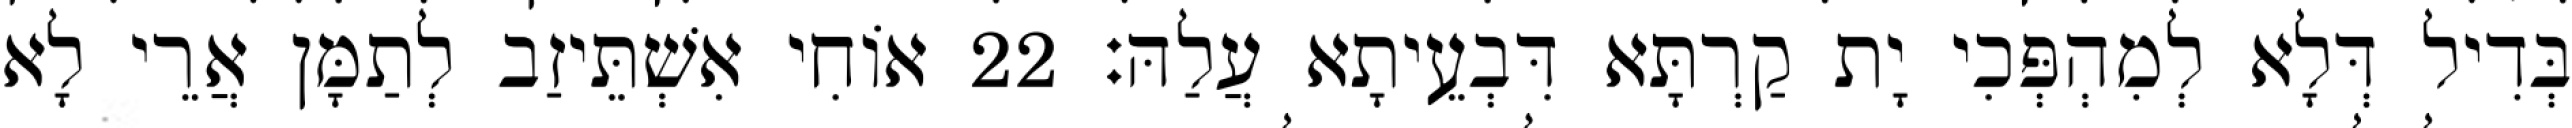
בְּדִיל דְּלָא לְמִהְפְּכִי יָת קַרְתָּא דִּבְעֵיתָא עֲלַהּ׃ 22 אוֹחִי אִשְׁתֵּיזַב לְתַמָּן אֲרֵי לָא